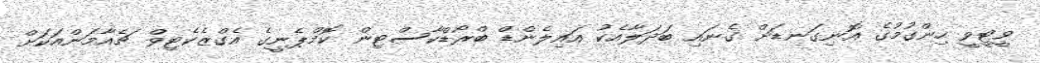
ވީޓީވީ ހިންގުމުގެ އޮނިގަނޑަށް ގެނައި ބަދަލާއެކު އައިލެންޑް ބްރޯޑްކާސްޓިން ކޮމްޕެނީގެ އެގްޒެކެޓިވް ޗެއާމަންއަކަށް